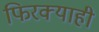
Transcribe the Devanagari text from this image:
फिरक्याही